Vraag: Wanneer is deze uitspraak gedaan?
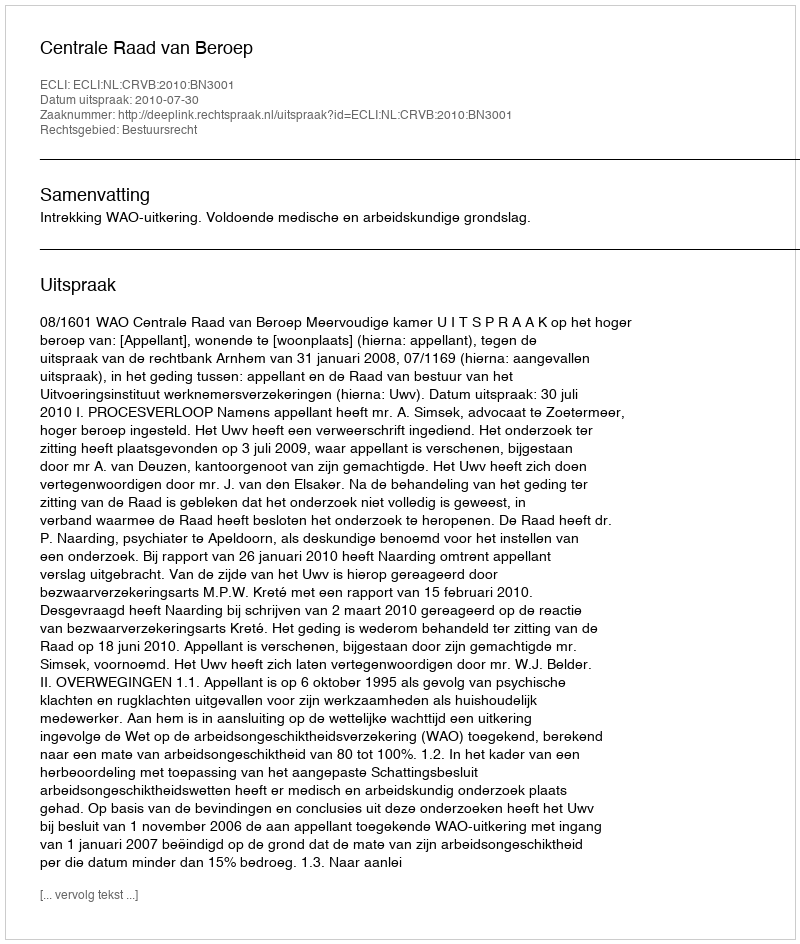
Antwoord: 2010-07-30